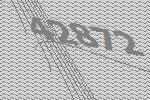
42872